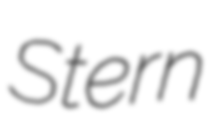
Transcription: Stern